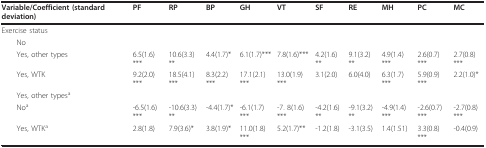
<table><thead><tr><td><b>Variable/Coefficient (standard deviation)</b></td><td><b>PF</b></td><td><b>RP</b></td><td><b>BP</b></td><td><b>GH</b></td><td><b>VT</b></td><td><b>SF</b></td><td><b>RE</b></td><td><b>MH</b></td><td><b>PC</b></td><td><b>MC</b></td></tr></thead><tbody><tr><td>Exercise status</td><td></td><td></td><td></td><td></td><td></td><td></td><td></td><td></td><td></td><td></td></tr><tr><td> No</td><td></td><td></td><td></td><td></td><td></td><td></td><td></td><td></td><td></td><td></td></tr><tr><td> Yes, other types</td><td>6.5(1.6)***</td><td>10.6(3.3)**</td><td>4.4(1.7)*</td><td>6.1(1.7)***</td><td>7.8(1.6)***</td><td>4.2(1.6)**</td><td>9.1(3.2)**</td><td>4.9(1.4)***</td><td>2.6(0.7)***</td><td>2.7(0.8)***</td></tr><tr><td> Yes, WTK</td><td>9.2(2.0)***</td><td>18.5(4.1)***</td><td>8.3(2.2)***</td><td>17.1(2.1)***</td><td>13.0(1.9)***</td><td>3.1(2.0)</td><td>6.0(4.0)</td><td>6.3(1.7)***</td><td>5.9(0.9)***</td><td>2.2(1.0)*</td></tr><tr><td> Yes, other types<sup>a</sup></td><td></td><td></td><td></td><td></td><td></td><td></td><td></td><td></td><td></td><td></td></tr><tr><td> No<sup>a</sup></td><td>-6.5(1.6)***</td><td>-10.6(3.3)**</td><td>-4.4(1.7)*</td><td>-6.1(1.7)***</td><td>-7. 8(1.6)***</td><td>-4.2(1.6)**</td><td>-9.1(3.2)**</td><td>-4.9(1.4)***</td><td>-2.6(0.7)***</td><td>-2.7(0.8)***</td></tr><tr><td> Yes, WTK<sup>a</sup></td><td>2.8(1.8)</td><td>7.9(3.6)*</td><td>3.8(1.9)*</td><td>11.0(1.8)***</td><td>5.2(1.7)**</td><td>-1.2(1.8)</td><td>-3.1(3.5)</td><td>1.4(1.51)</td><td>3.3(0.8)***</td><td>-0.4(0.9)</td></tr></tbody></table>